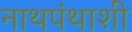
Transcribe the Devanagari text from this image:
नाथपंथाशी